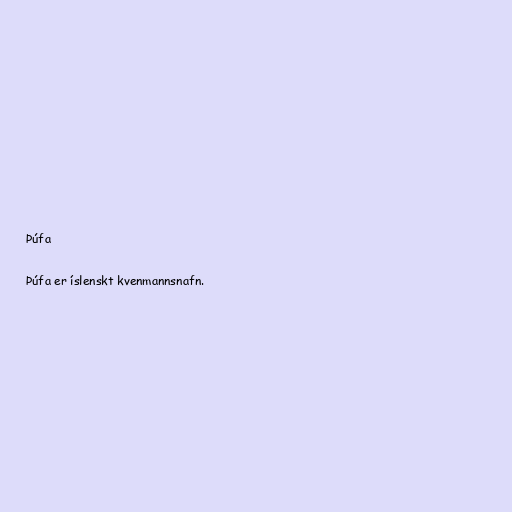
Þúfa

Þúfa er íslenskt kvenmannsnafn.